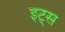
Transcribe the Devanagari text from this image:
इट्‍स